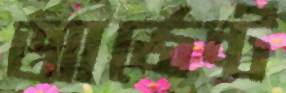
আর্জেন্ট